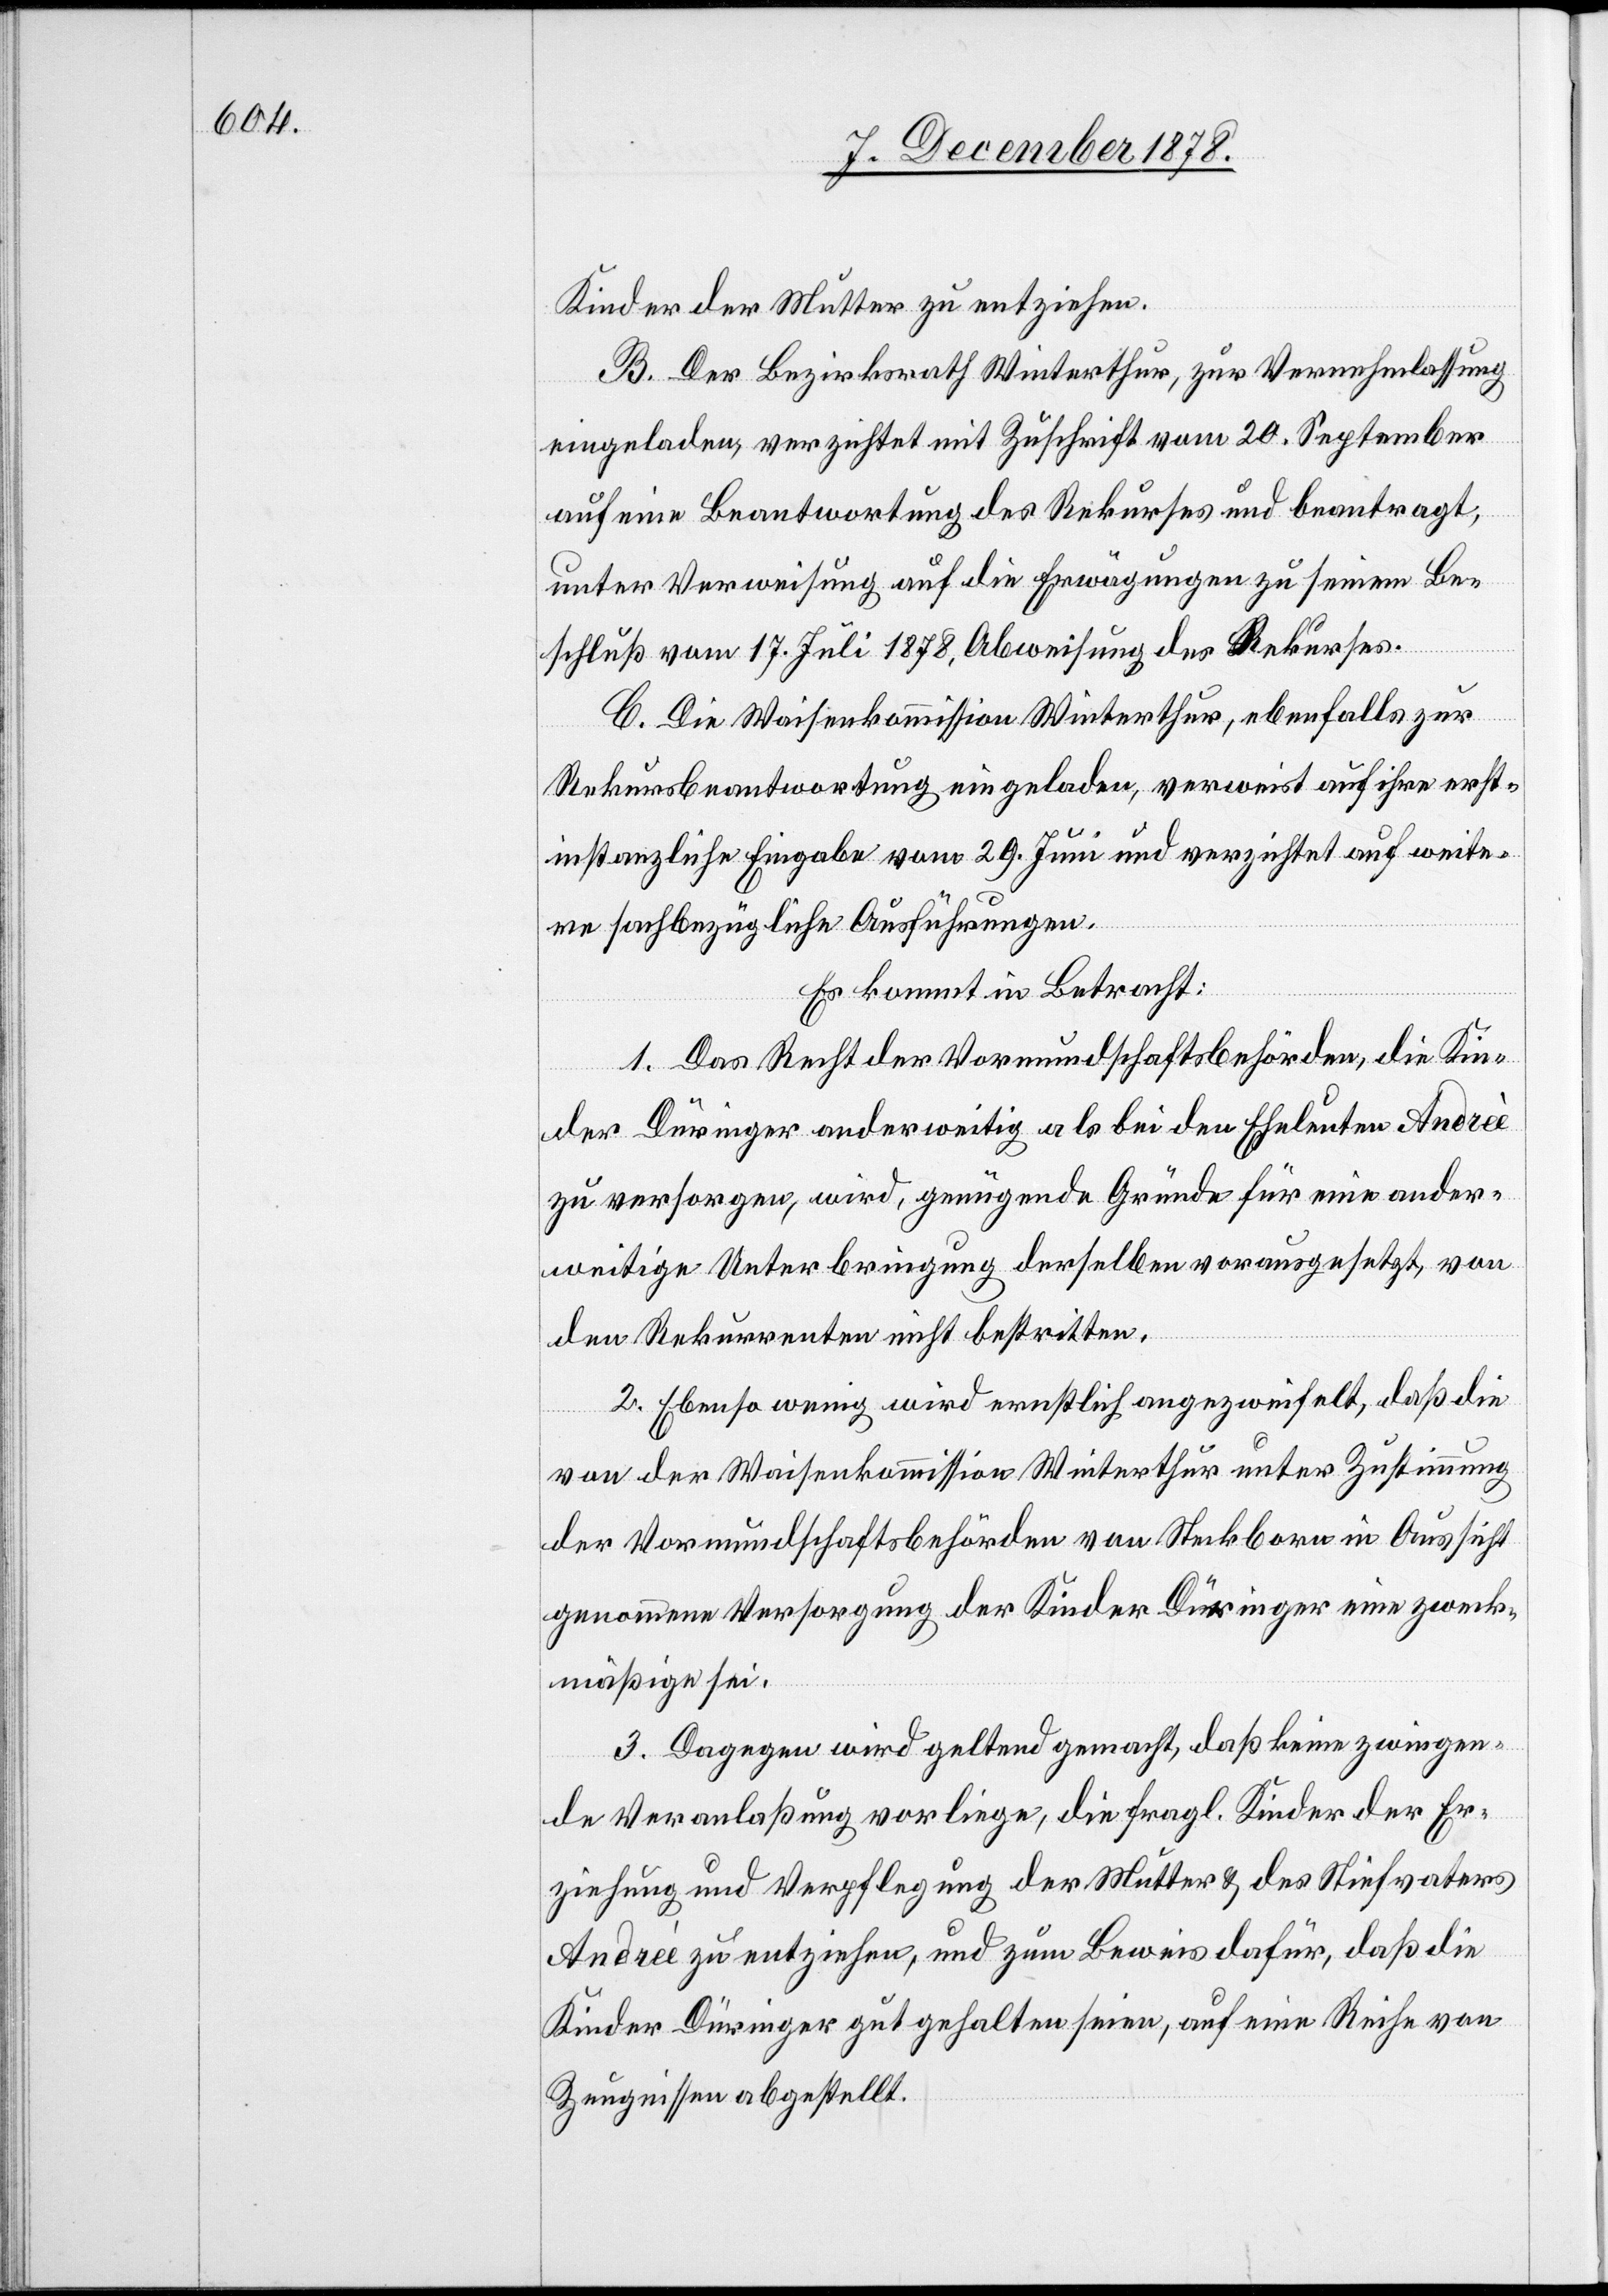
Kinder der Mutter zu entziehen.
B. Der Bezirksrath Winterthur, zur Vernehmlassung
eingeladen, verzichtet mit Zuschrift vom 20. September
auf eine Beantwortung des Rekurses und beantragt,
unter Verweisung auf die Erwägungen zu seinem Be¬
schluß vom 17. Juli 1878, Abweisung des Rekurses.
C. Die Waisenkommission Winterthur, ebenfalls zur
Rekursbeantwortung eingeladen, verweist auf ihre erst¬
instanzliche Eingabe vom 29. Juni und verzichtet auf weite¬
re sachbezügliche Ausführungen.
Es kommt in Betracht:
1. Das Recht der Vormundschaftsbehörden, die Kin¬
der Düringer anderweitig als bei den Eheleuten Andreè
zu versorgen, wird, genügende Gründe für eine ander¬
weitige Unterbringung derselben vorausgesetzt, von
den Rekurrenten nicht bestritten.
2. Ebenso wenig wird ernstlich angezweifelt, daß die
von der Waisenkommission Winterthur unter Zustimmung
der Vormundschaftsbehörden von Steckborn in Aussicht
genommene Versorgung der Kinder Düringer eine zweck¬
mäßige sei.
3. Dagegen wird geltend gemacht, daß keine zwingen¬
de Veranlaßung vorliege, die fragl. Kinder der Er¬
ziehung und Verpflegung der Mutter & des Stiefvaters
Andreé zu entziehen, und zum Beweis dafür, daß die
Kinder Düringer gut gehalten seien, auf eine Reihe von
Zeugnissen abgestellt.